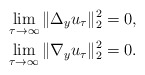
\begin{align*}\lim_{\tau\to\infty}\|\Delta_{y} u_{\tau}\|^2_{2}=0, \\\lim_{\tau\to\infty}\|\nabla_{y} u_{\tau}\|^2_{2}=0.\end{align*}